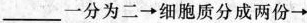
___一分为二→细胞质分成两份→